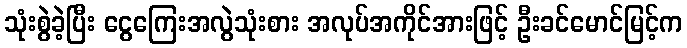
သုံးစွဲခဲ့ပြီး ငွေကြေးအလွဲသုံးစား အလုပ်အကိုင်အားဖြင့် ဦးခင်မောင်မြင့်က